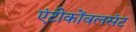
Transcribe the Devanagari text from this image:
एंटीकोंवलसंट